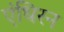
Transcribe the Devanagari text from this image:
एंधिरन